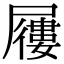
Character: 屨